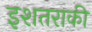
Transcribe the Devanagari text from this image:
इशतराकी